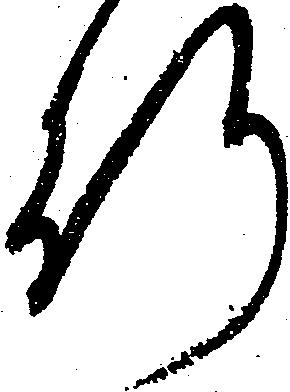
行